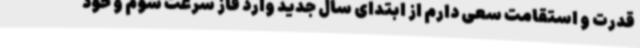
قدرت و استقامت سعی دارم از ابتدای سال جدید وارد فاز سرعت شوم و خود